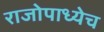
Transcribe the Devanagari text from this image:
राजोपाध्येच